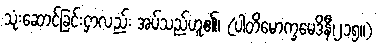
သုံးဆောင်ခြင်းငှာလည်း အပ်သည်ဟူ၏၊ (ပါတိမောက္ခမေဒိနီ၊၂၁၅။)